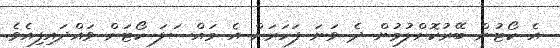
އެ ކޯޓުން ބޭރުކޮށްލުމުން ދެ ވަނަ ފަހަރަށް އެ މައްސަލަ ކޯޓަށް ވައްދައިފިއެވެ.